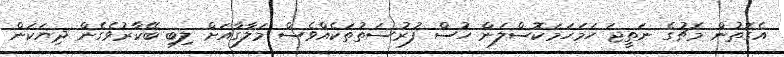
އެގޮތުން މެޗުގެ ނަތީޖަ ހަމަހަމަކޮސްލަން ހުސް ފުރުސަތުތަކެއްވެސް މަލާގާއަށް ލިބި ބޭކާރުވެގެން ދިޔަކަން